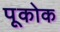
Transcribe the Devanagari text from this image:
पूकोक